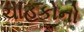
ચાહકોનો